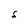
Character: S